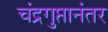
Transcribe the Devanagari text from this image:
चंद्रगुप्तानंतर